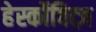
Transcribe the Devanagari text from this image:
हेर्स्कोवित्ज़